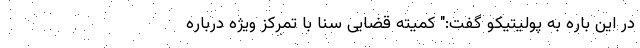
در این باره به پولیتیکو گفت:" کمیته قضایی سنا با تمرکز ویژه درباره